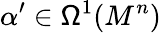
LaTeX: \alpha^{\prime}\in\mathsf{\Omega}^{1}(M^{n})